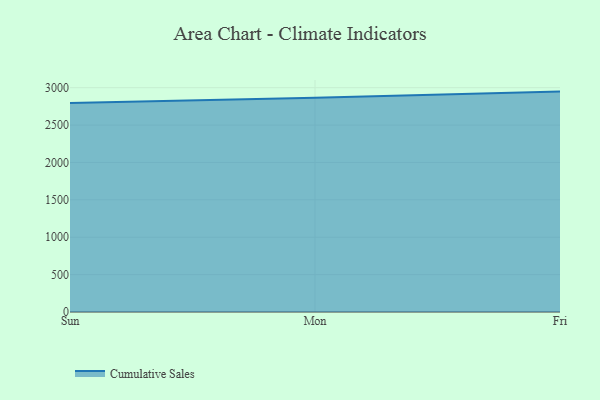
{"axis": {"x": "Day", "y": "Customer Acquisition Cost (USD)"}, "legend": ["Cumulative Sales"], "data": [{"x": "Sun", "y": 2795.4, "type": "Cumulative Sales"}, {"x": "Mon", "y": 2866.1, "type": "Cumulative Sales"}, {"x": "Fri", "y": 2947.7, "type": "Cumulative Sales"}]}